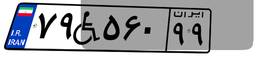
۷۹W۵۶۰۹۹